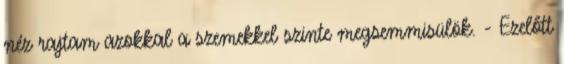
néz rajtam azokkal a szemekkel szinte megsemmisülök. - Ezelőtt